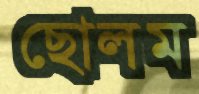
ছোলম